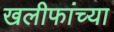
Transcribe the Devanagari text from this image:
खलीफांच्या